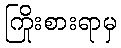
ကြိုးစားရာမှ